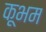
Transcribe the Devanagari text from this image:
कूभम